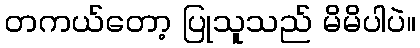
တကယ်တော့ ပြုသူသည် မိမိပါပဲ။